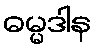
ဓမ္မဒါန